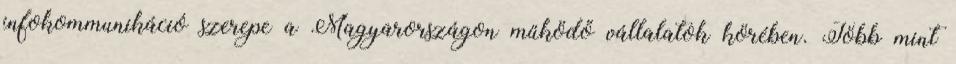
infokommunikáció szerepe a Magyarországon működő vállalatok körében. Több mint